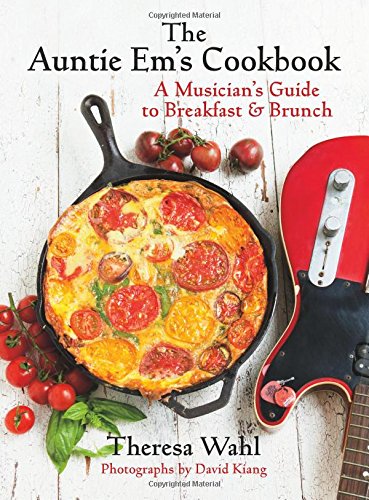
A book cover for The Auntie Em's Cookbook: A Musician's Guide to Breakfast and Brunch; Theresa C. Wahl; Cookbooks, Food & Wine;